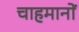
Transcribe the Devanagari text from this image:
चाहमानों